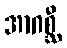
အာဂစ္ဆီ